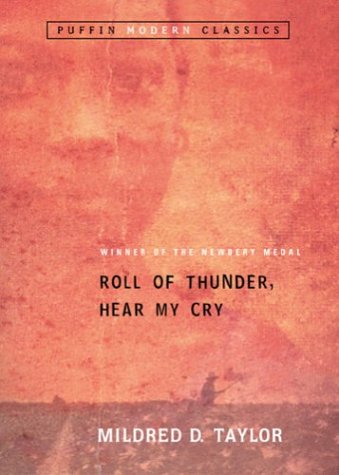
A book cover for Roll of Thunder, Hear My Cry; Mildred D. Taylor; Children's Books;